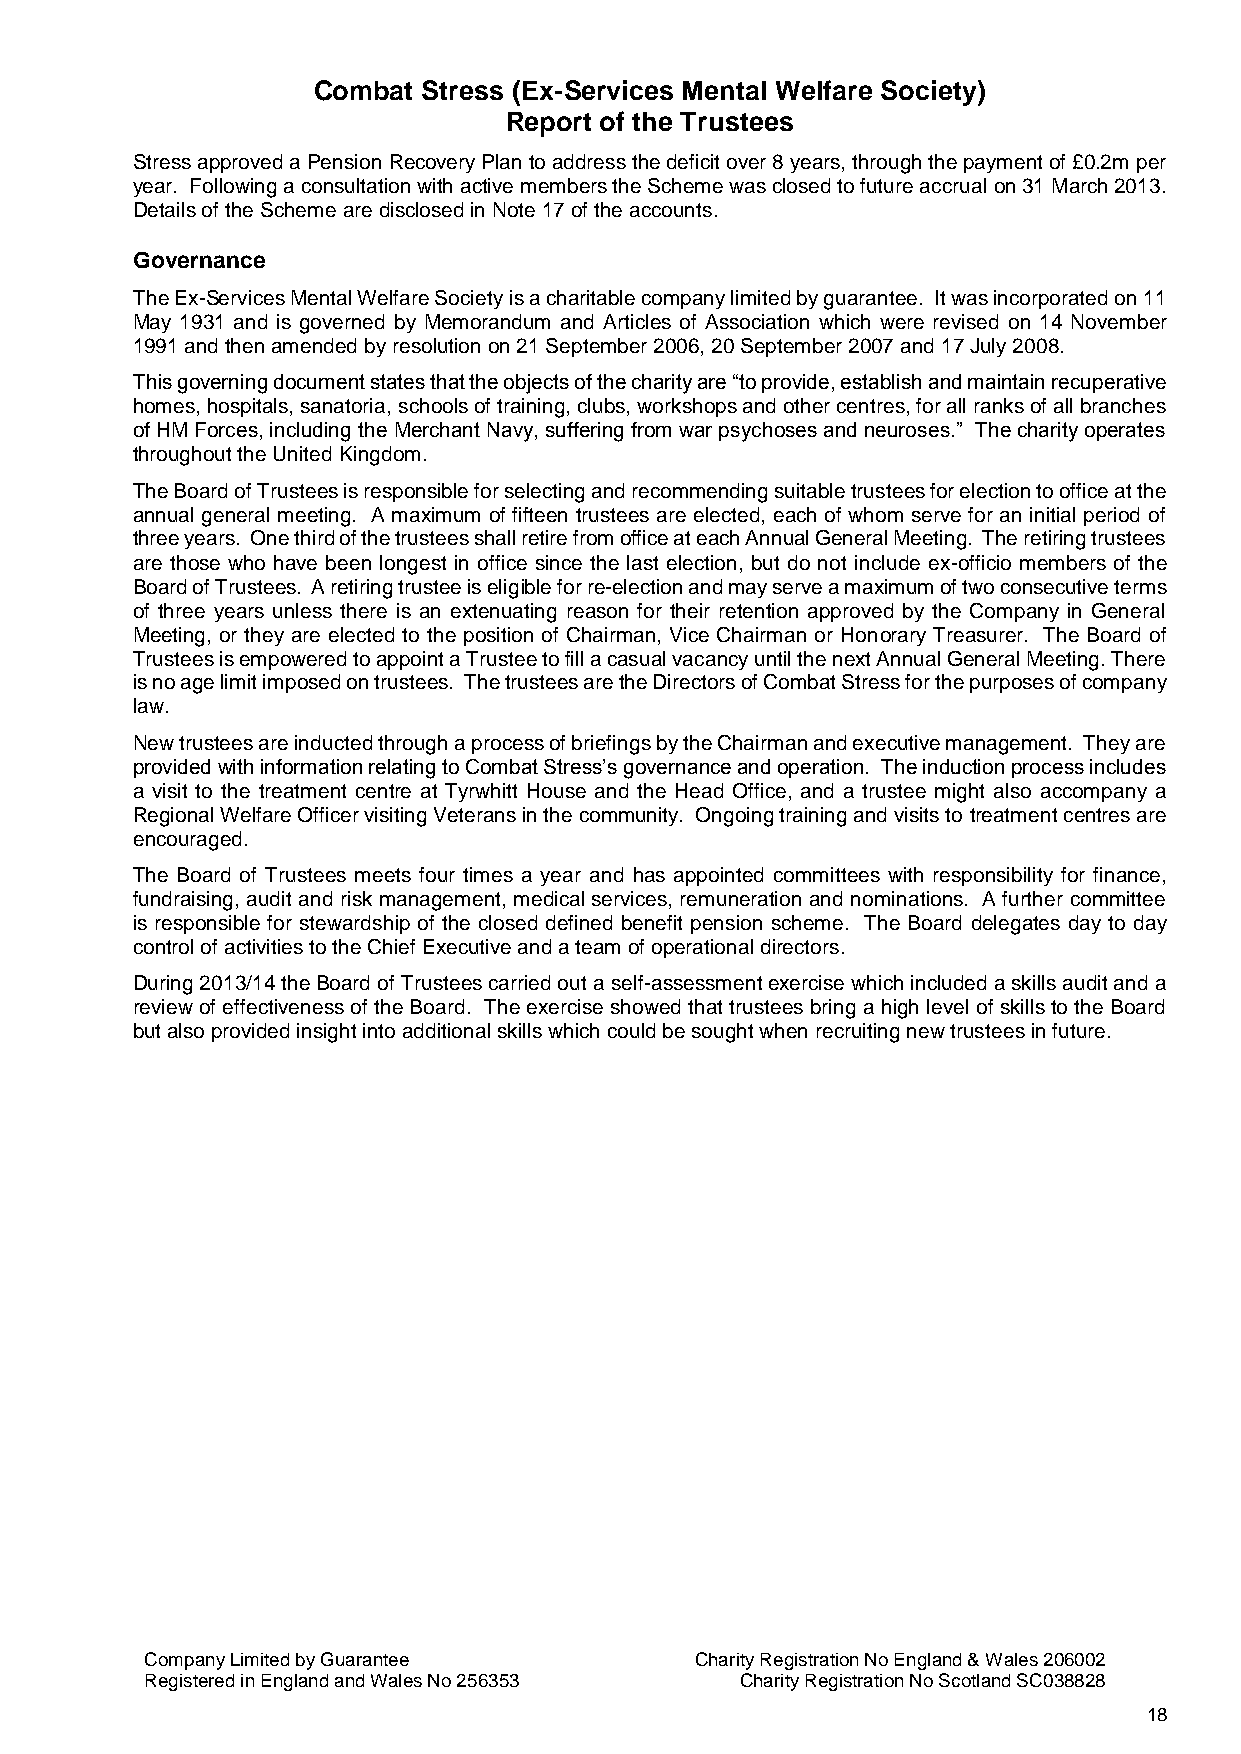
Combat Stress (Ex-Services Mental Welfare Society)
 Report of the Trustees
 Stress approved a Pension Recovery Plan to address the deficit over 8 years, through the payment of £0.2m per
 year. Following a consultation with active members the Scheme was closed to future accrual on 31 March 2013.
 Details of the Scheme are disclosed in Note 17 of the accounts.
 Governance
 The Ex-Services Mental Welfare Society is a charitable company limited by guarantee. It was incorporated on 11
 May 1931 and is governed by Memorandum and Articles of Association which were revised on 14 November
 1991 and then amended by resolution on 21 September 2006, 20 September 2007 and 17 July 2008.
 This governing document states that the objects of the charity are “to provide, establish and maintain recuperative
 homes, hospitals, sanatoria, schools of training, clubs, workshops and other centres, for all ranks of all branches
 of HM Forces, including the Merchant Navy, suffering from war psychoses and neuroses.” The charity operates
 throughout the United Kingdom.
 The Board of Trustees is responsible for selecting and recommending suitable trustees for election to office at the
 annual general meeting. A maximum of fifteen trustees are elected, each of whom serve for an initial period of
 three years. One third of the trustees shall retire from office at each Annual General Meeting. The retiring trustees
 are those who have been longest in office since the last election, but do not include ex-officio members of the
 Board of Trustees. A retiring trustee is eligible for re-election and may serve a maximum of two consecutive terms
 of three years unless there is an extenuating reason for their retention approved by the Company in General
 Meeting, or they are elected to the position of Chairman, Vice Chairman or Honorary Treasurer. The Board of
 Trustees is empowered to appoint a Trustee to fill a casual vacancy until the next Annual General Meeting. There
 is no age limit imposed on trustees. The trustees are the Directors of Combat Stress for the purposes of company
 law.
 New trustees are inducted through a process of briefings by the Chairman and executive management. They are
 provided with information relating to Combat Stress’s governance and operation. The induction process includes
 a visit to the treatment centre at Tyrwhitt House and the Head Office, and a trustee might also accompany a
 Regional Welfare Officer visiting Veterans in the community. Ongoing training and visits to treatment centres are
 encouraged.
 The Board of Trustees meets four times a year and has appointed committees with responsibility for finance,
 fundraising, audit and risk management, medical services, remuneration and nominations. A further committee
 is responsible for stewardship of the closed defined benefit pension scheme. The Board delegates day to day
 control of activities to the Chief Executive and a team of operational directors.
 During 2013/14 the Board of Trustees carried out a self-assessment exercise which included a skills audit and a
 review of effectiveness of the Board. The exercise showed that trustees bring a high level of skills to the Board
 but also provided insight into additional skills which could be sought when recruiting new trustees in future.
 Company Limited by Guarantee        Charity Registration No England & Wales 206002
 Registered in England and Wales No 256353 Charity Registration No Scotland SC038828
 18